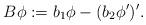
LaTeX: \begin{align*}B\phi := b_{1}\phi - (b_{2} \phi')'.\end{align*}